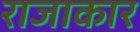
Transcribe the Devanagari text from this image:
राजाकार